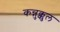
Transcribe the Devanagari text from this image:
कन्नुक्कुल